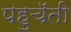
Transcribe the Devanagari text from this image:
पहुचॅती